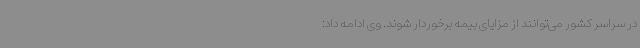
در سراسر کشور می‌توانند از مزایای بیمه برخوردار شوند. وی ادامه داد: